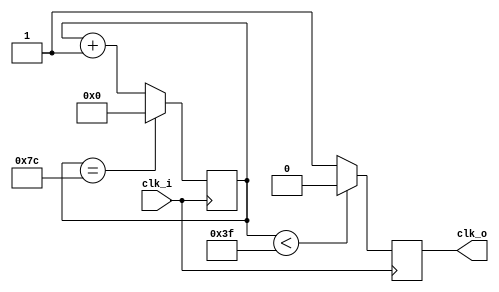
//
// Modified by Kirk Weedman KD7IRS - Dec 21, 2008
//	
//  HPSDR - High Performance Software Defined Radio
//
//  Clock dividecr 
//
//  This program is free software; you can redistribute it and/or modify
//  it under the terms of the GNU General Public License as published by
//  the Free Software Foundation; either version 2 of the License, or
//  (at your option) any later version.
//
//  This program is distributed in the hope that it will be useful,
//  but WITHOUT ANY WARRANTY; without even the implied warranty of
//  MERCHANTABILITY or FITNESS FOR A PARTICULAR PURPOSE.  See the
//  GNU General Public License for more details.
//
//  You should have received a copy of the GNU General Public License
//  along with this program; if not, write to the Free Software
//  Foundation, Inc., 59 Temple Place, Suite 330, Boston, MA  02111-1307  USA


module oddClockDivider(clk_i, clk_o); 
input  clk_i; 
output clk_o; 

wire clk_i; 
reg  clk_o; 


parameter DIVIDE_RATE   = 125; 
parameter COUNTER_WIDTH = 7; 

reg [(COUNTER_WIDTH-1):0] count; 

always @ (posedge clk_i)
begin

  if ( count == (DIVIDE_RATE-1))
    count <= 0; 
	else
    count <= count + 1'b1; 
	
	clk_o <= (count < 63) ? 1'b0 : 1'b1;
end 

endmodule